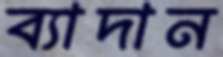
ব্যাদান